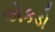
એકડો